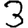
Digit: 3